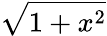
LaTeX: \sqrt{1+x^{2}}